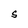
Character: S